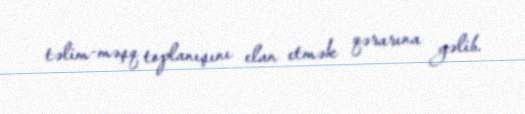
təlim-məşq toplanışını elan etmək qərarına gəlib.